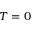
T = 0